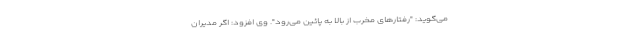
می‌گوید: "رفتارهای مخرب از بالا به پائین می‌رود". وی افزود: اگر مدیران